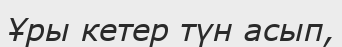
Ұры кетер түн асып,